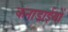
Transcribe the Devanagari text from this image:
कनाडाईयों